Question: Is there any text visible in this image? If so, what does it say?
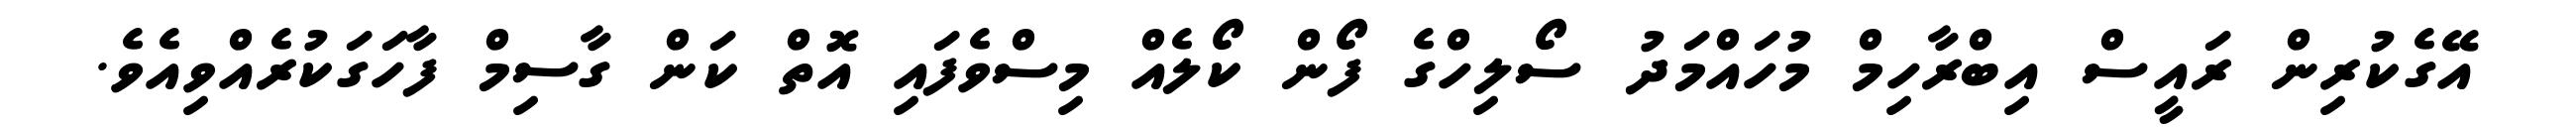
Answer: އޭގެކުރިން ރައީސް އިބްރާހިމް މުހައްމަދު ސޯލިހްގެ ފޯން ކޯލެއް މިސްވެފައި އޮތް ކަން ގާސިމް ފާހަގަކުރެއްވިއެވެ.